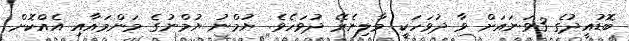
ބޮޑުއީދުގެ 3ވަނައަށް ވާ ދުވަހަކީ މާލިނެރޭ ދުވަހެވެ. ޔުމްނު ޔުމްނުގެ މަންމައާއި އެއްކޮށް